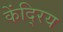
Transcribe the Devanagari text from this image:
केंदि्रय